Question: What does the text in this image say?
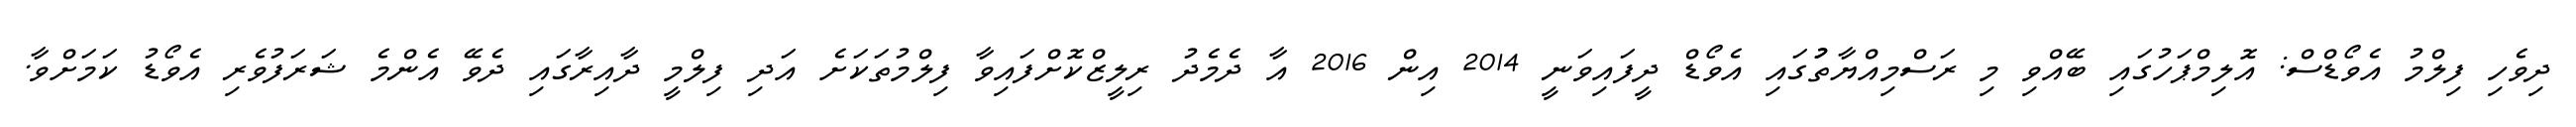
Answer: ދިވެހި ފިލްމު އެވޯޑްސް: އޮލިމްޕަހުގައި ބޭއްވި މި ރަސްމިއްޔާތުުގައި އެވޯޑް ދީފައިވަނީ 2014 އިން 2016 އާ ދެމެދު ރިލީޒްކޮށްފައިވާ ފިލްމުތަކަށެ އަދި ފިލްމީ ދާއިރާގައި ދެވޭ އެންމެ ޝަރަފުވެރި އެވޯޑު ކަމަށްވާ.